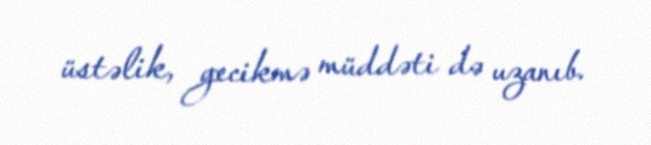
üstəlik, gecikmə müddəti də uzanıb.